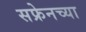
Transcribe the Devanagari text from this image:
सफ्रेनच्या